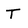
Character: T